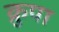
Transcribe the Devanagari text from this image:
क्रुपा